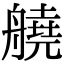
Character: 𦪛